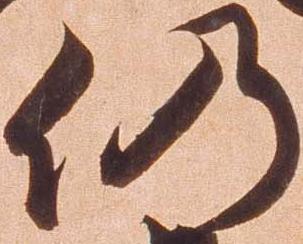
仍